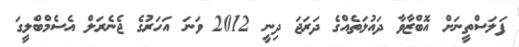
ފަލަސްތީނަށް އޮބްޒާވާ ދައުލަތެއްގެ ދަރަޖަ ދިނީ 2012 ވަނަ އަހަރުގެ ޖެނެރަލް އެސެމްބްލީގަ